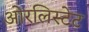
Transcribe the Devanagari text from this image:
ओरलिस्टेट